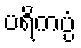
ပရိကပ္ပံ